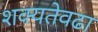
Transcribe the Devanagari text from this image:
शक्यतेवढा